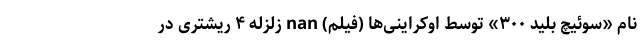
نام «سوئیچ بلید ۳۰۰» توسط اوکراینی‌ها (فیلم) nan زلزله ۴ ریشتری در